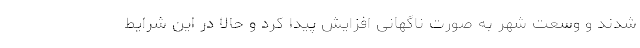
شدند و وسعت شهر به صورت ناگهانی افزایش پیدا کرد و حالا در این شرایط